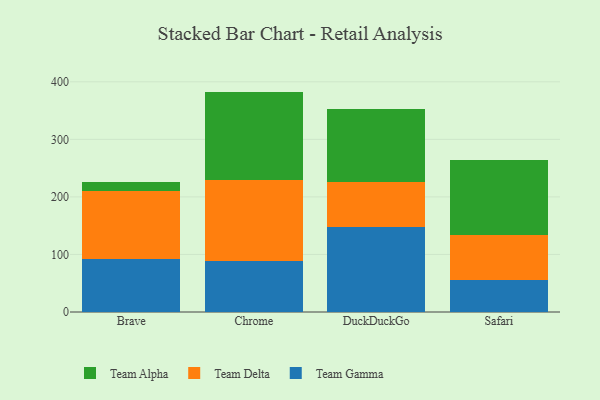
{"axis": {"x": "Browser", "y": "Waste Production (Tons)"}, "legend": ["Team Alpha", "Team Delta", "Team Gamma"], "data": [{"x": "Brave", "y": 92.4, "type": "Team Gamma"}, {"x": "Brave", "y": 117.3, "type": "Team Delta"}, {"x": "Brave", "y": 15.9, "type": "Team Alpha"}, {"x": "Chrome", "y": 87.9, "type": "Team Gamma"}, {"x": "Chrome", "y": 141.6, "type": "Team Delta"}, {"x": "Chrome", "y": 153.5, "type": "Team Alpha"}, {"x": "DuckDuckGo", "y": 147.0, "type": "Team Gamma"}, {"x": "DuckDuckGo", "y": 78.4, "type": "Team Delta"}, {"x": "DuckDuckGo", "y": 126.8, "type": "Team Alpha"}, {"x": "Safari", "y": 56.0, "type": "Team Gamma"}, {"x": "Safari", "y": 78.3, "type": "Team Delta"}, {"x": "Safari", "y": 129.4, "type": "Team Alpha"}]}